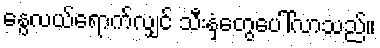
နွေလယ်ရောက်လျှင် သီးနှံတွေပေါ်လာသည်။